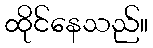
ထိုင်နေသည်။